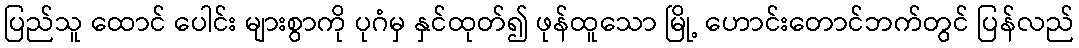
ပြည်သူ ထောင် ပေါင်း များစွာကို ပုဂံမှ နှင်ထုတ်၍ ဖုန်ထူသော မြို့ ဟောင်းတောင်ဘက်တွင် ပြန်လည်